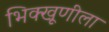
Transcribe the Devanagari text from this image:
भिक्खूणीला